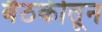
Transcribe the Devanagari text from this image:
बैठकीतून